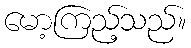
မော့ကြည့်သည်။